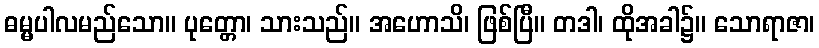
ဓမ္မပါလမည်သော။ ပုတ္တော၊ သားသည်။ အဟောသိ၊ ဖြစ်ပြီ။ တဒါ၊ ထိုအခါ၌။ သောရာဇာ၊